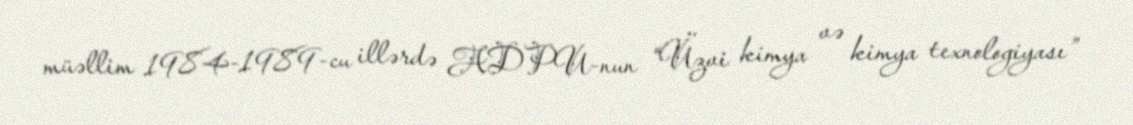
müəllim 1984-1989-cu illərdə ADPU-nun “Üzvi kimya və kimya texnologiyası”